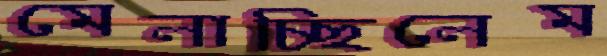
মেলাচ্ছিলেম